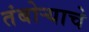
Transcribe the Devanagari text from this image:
तंबोर्‍याचे